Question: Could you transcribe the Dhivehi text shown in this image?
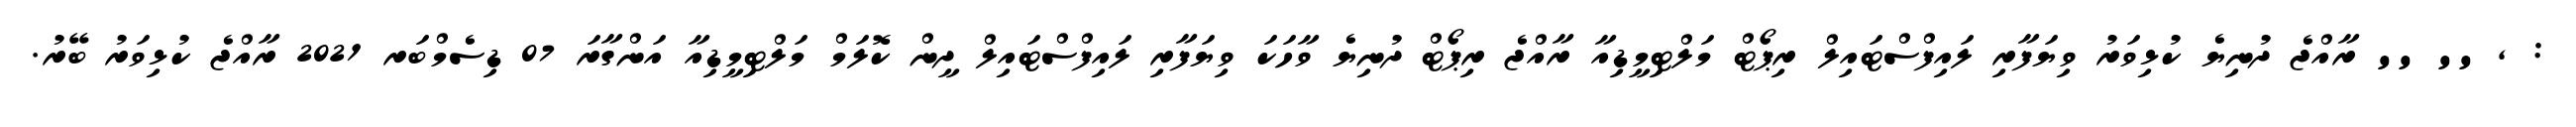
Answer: : , '' '' ރާއްޖެ ދުނިޔެ ކުޅިވަރު ވިޔަފާރި ލައިފްސްޓައިލް ރިޕޯޓް މަލްޓިމީޑިއާ ރާއްޖެ ރިޕޯޓް ދުނިޔެ ވާހަކަ ވިޔަފާރި ލައިފްސްޓައިލް ދީން ކޮލަމް މަލްޓިމީޑިއާ އަންގާރަ 07 ޑިސެމްބަރ 2021 ރާއްޖެ ކުޅިވަރު ބޭރު.